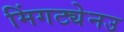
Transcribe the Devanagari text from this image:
मिंगट्येनउ